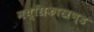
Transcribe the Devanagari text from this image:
मच्छिकाखण्ड